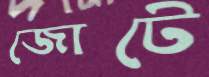
জোটে